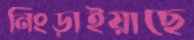
নিংড়াইয়াছে